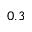
0 . 3